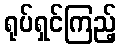
ရုပ်ရှင်ကြည့်